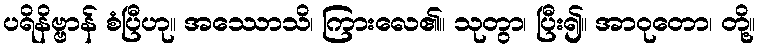
ပရိနိဗ္ဗာန် စံပြီဟု။ အဿောသိ၊ ကြားလေ၏။ သုတွာ၊ ပြီး၍။ အာဝုတော၊ တို့။